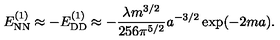
E _ { \mathrm { N N } } ^ { ( 1 ) } \approx - E _ { \mathrm { D D } } ^ { ( 1 ) } \approx - \frac { \lambda m ^ { 3 / 2 } } { 2 5 6 \pi ^ { 5 / 2 } } a ^ { - 3 / 2 } \exp ( - 2 m a ) .